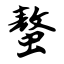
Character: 螯